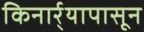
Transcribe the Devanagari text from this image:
किनार्र्यापासून